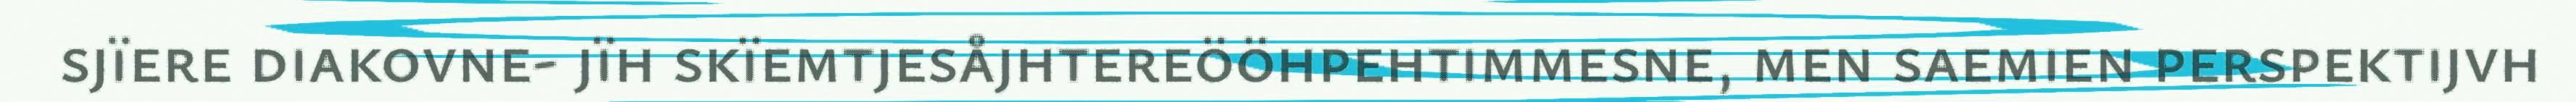
sjïere diakovne- jïh skïemtjesåjhtereööhpehtimmesne, men saemien perspektijvh